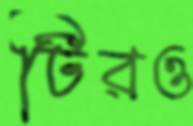
টিরও